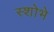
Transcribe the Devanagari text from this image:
स्शोभे